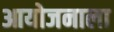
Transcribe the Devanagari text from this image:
आयोजनाला